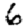
Digit: 6